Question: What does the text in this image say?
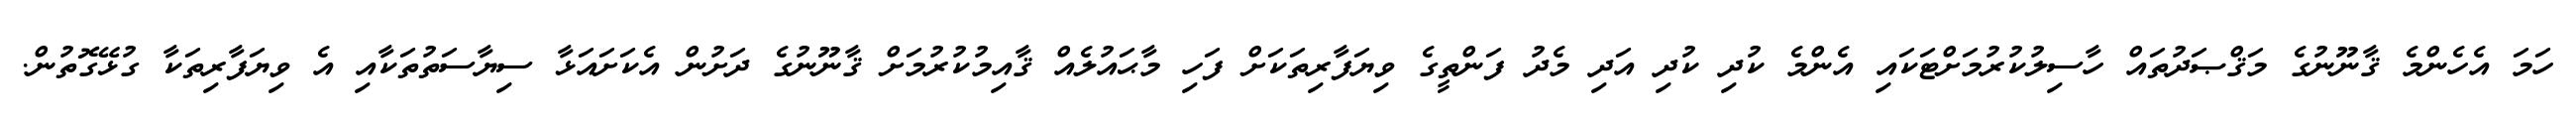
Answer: ހަމަ އެހެންމެ ޤާނޫނުގެ މަޤްޞަދުތައް ހާސިލުކުރުމަށްޓަކައި އެންމެ ކުދި ކުދި އަދި މެދު ފަންތީގެ ވިޔަފާރިތަކަށް ފަހި މާޙައުލެއް ޤާއިމުކުރުމަށް ޤާނޫނުގެ ދަށުން އެކަށައަޅާ ސިޔާސަތުތަކާއި އެ ވިޔަފާރިތަކާ ގުޅޭގޮތުން.